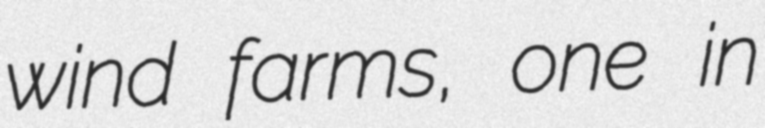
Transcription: wind farms, one in